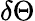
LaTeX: \delta\Theta